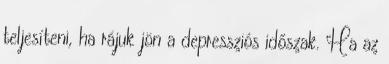
teljesíteni, ha rájuk jön a depressziós időszak. Ha az